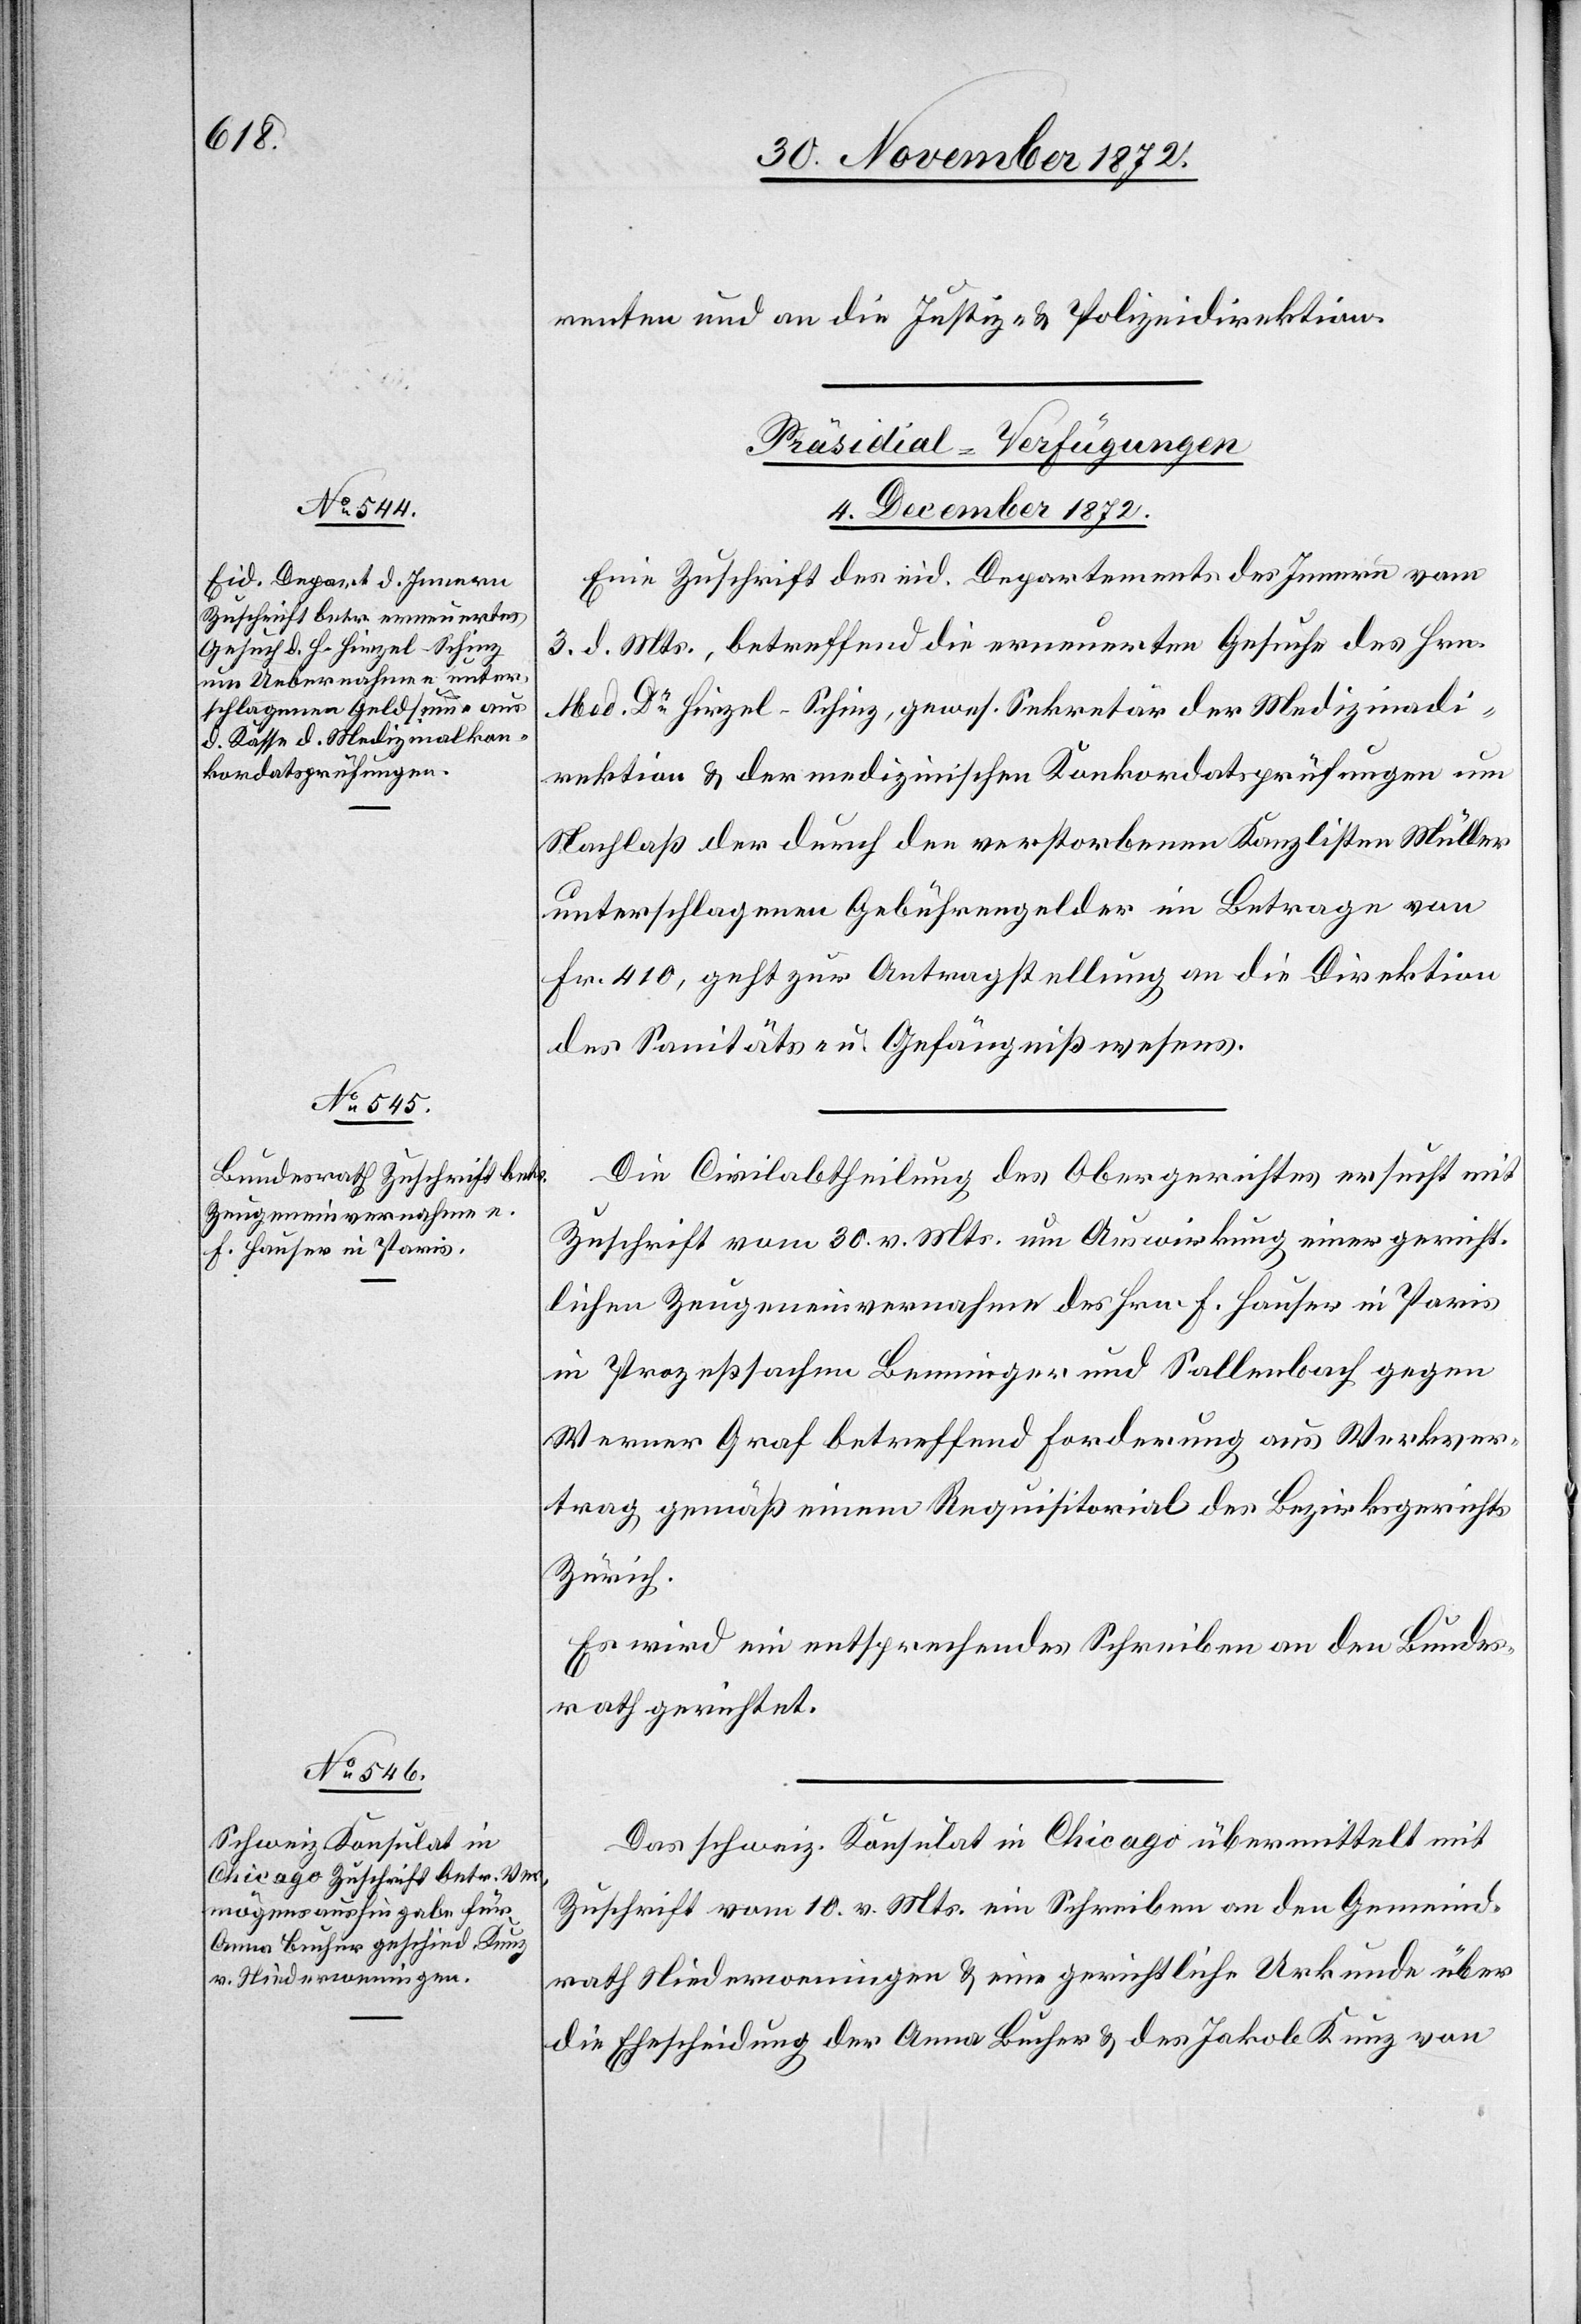
renten und an die Justiz- u. Polizeidirektion.
[Präsidial-Verfügungen
4. December 1872.]
Eine Zuschrift des eid. Departements des Innern vom
3. d. Mts., betreffend die erneuerten Gesuche des Hrn.
Med. Dr Hirzel-Schinz, gewes. Sekretär der Medizinaldi¬
rektion u. der medizinischen Konkordatsprüfungen um
Nachlaß der durch den verstorbenen Kanzlisten Müller
unterschlagenen Gebührengelder im Betrage von
Fr. 410, geht zur Antragstellung an die Direktion
des Sanitäts- u. Gefängnißwesens.
Die Civilabtheilung des Obergerichtes ersucht mit
Zuschrift vom 30. v. Mts. um Auswirkung einer gericht¬
lichen Zeugeneinvernahme des Hrn. F. Hauser in Paris
in Prozeßsachen Bemmiger und Sallenbach gegen
Werner Graf betreffend Forderung aus Werkser¬
trag gemäß einem Requisitorial des Bezirksgerichts
Zürich.
Es wird ein entsprechendes Schreiben an den Bundes¬
rath gerichtet.
Das schweiz. Konsulat in Chicago übermittelt mit
Zuschrift vom 10. v. Mts. ein Schreiben an den Gemeind¬
rath Niederweningen u. eine gerichtliche Urkunde über
die Ehescheidung der Anna Bucher u. des Jakob Kunz von